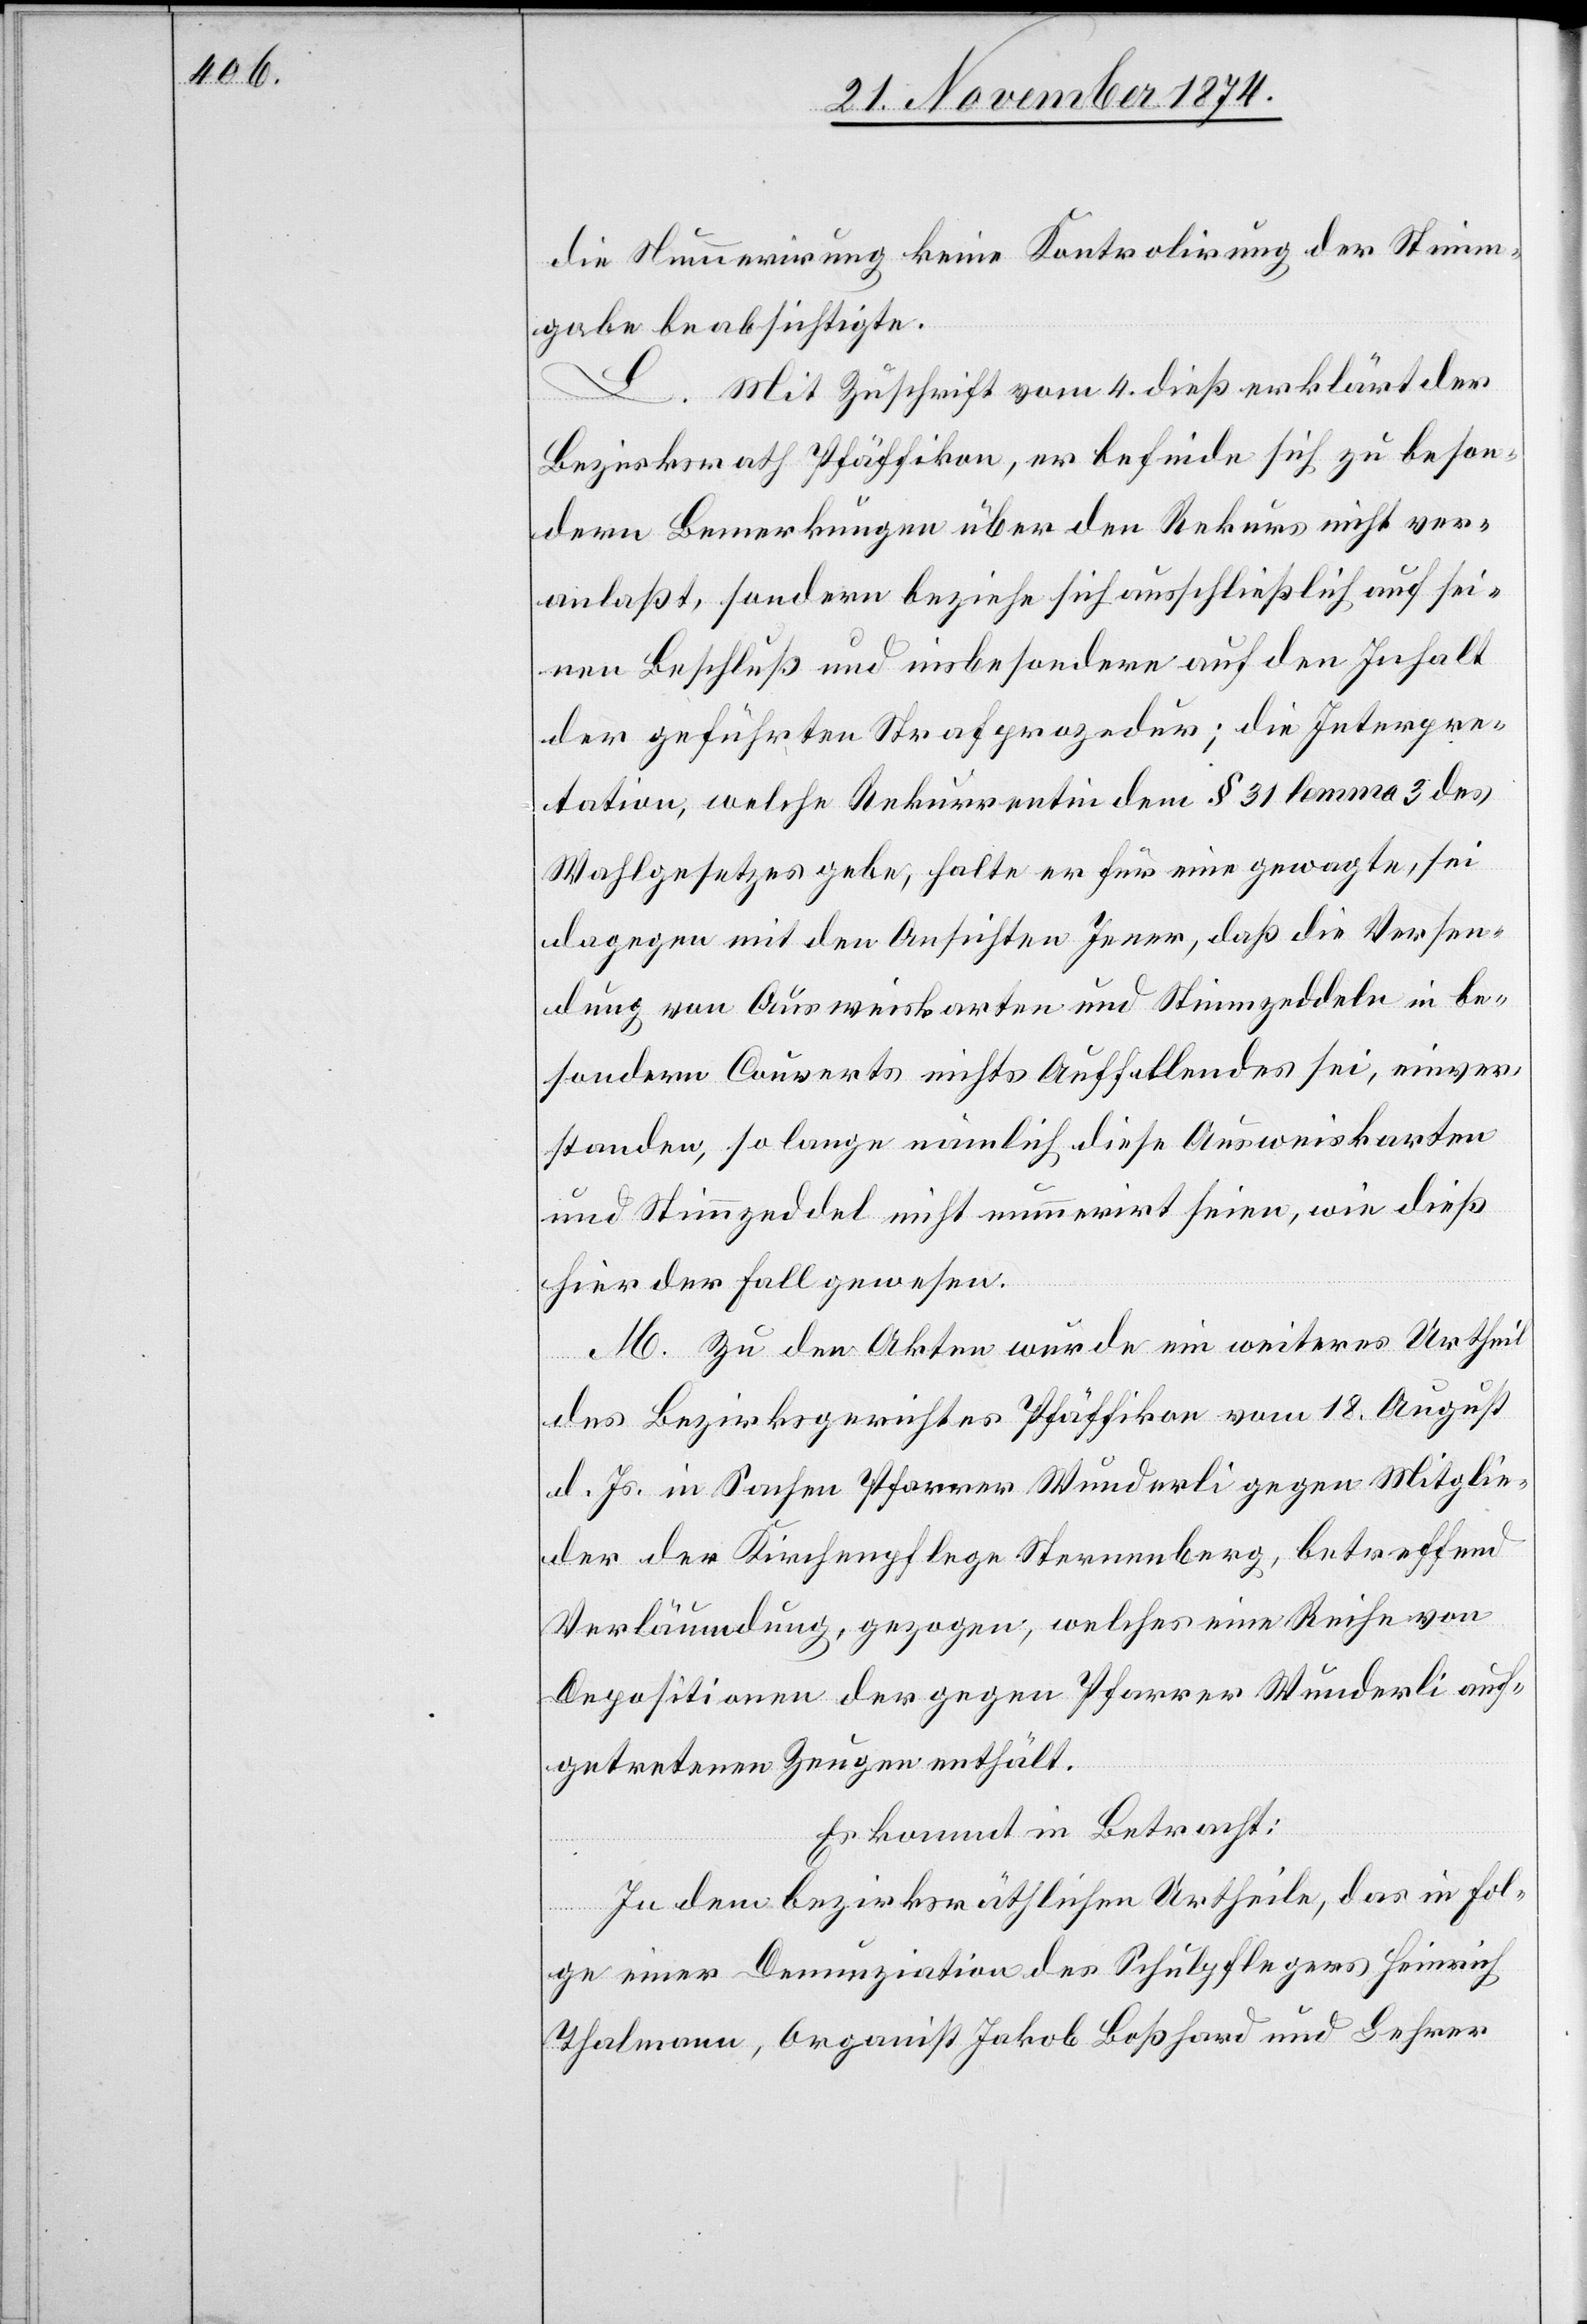
die Nummerirung keine Kontrolirung der Stimm¬
gabe beabsichtigte.
L. Mit Zuschrift vom 4. dieß erklärt der
Bezirksrath Pfäffikon, er befinde sich zu beson¬
dern Bemerkungen über den Rekurs nicht ver¬
anlaßt, sondern beziehe sich ausschließlich auf sei¬
nen Beschluß und insbesondere auf den Inhalt
der geführten Strafprozedur; die Interpre¬
tation, welche Rekurrentin dem § 31 lemma 3 des
Wahlgesetzes gebe, halte er für eine gewagte, sei
dagegen mit den Ansichten Jener, daß die Versen¬
dung von Ausweiskarten und Stimmzeddeln in be¬
sondern Couverts nichts Auffallendes sei, einver¬
standen, so lange nämlich diese Ausweiskarten
und Stimmzeddel nicht nummerirt seien, wie dieß
hier der Fall gewesen.
M. Zu den Akten wurde ein weiteres Urtheil
des Bezirksgerichtes Pfäffikon vom 18. August
d. Js. in Sachen Pfarrer Wunderli gegen Mitglie¬
der der Kirchenpflege Sternenberg, betreffend
Verläumdung, gezogen, welches eine Reihe von
Depositionen der gegen Pfarrer Wunderli auf¬
getretenen Zeugen enthält.
Es kommt in Betracht:
In dem bezirksräthlichen Urtheile, das in Fol¬
ge einer Denunziation des Schulpflegers Heinrich
Thalmann, Organist Jakob Boßhard und Lehrer